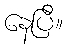
နေပြီ။